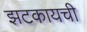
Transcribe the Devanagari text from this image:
झटकायची